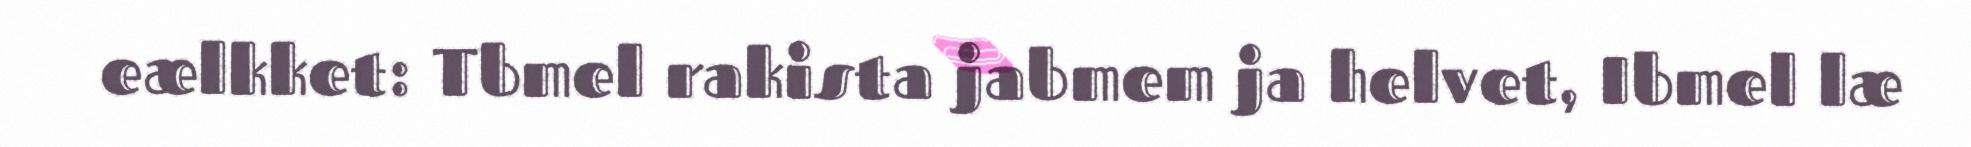
eælkket: Tbmel rakista jabmem ja helvet, Ibmel læ